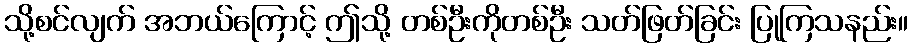
သို့စင်လျက် အဘယ်ကြောင့် ဤသို့ တစ်ဦးကိုတစ်ဦး သတ်ဖြတ်ခြင်း ပြုကြသနည်း။